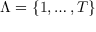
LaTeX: \Lambda = \{ 1 , \dots , T \}